Annual report of the Punjab Veterinary College and of the Civil Veterinary Department, Punjab - 1909-1919
Year: 1909
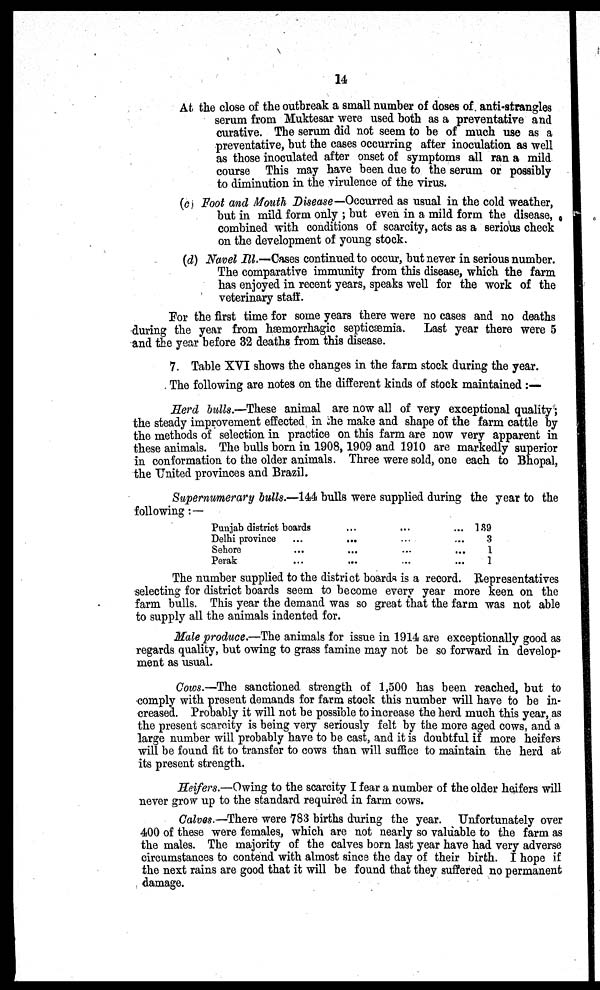
14
At the close of the outbreak a small number of doses of anti-strangles
serum from Muktesar were used both as a preventative and
curative. The serum did not seem to be of much use as a
preventative, but the cases occurring after inoculation as well
as those inoculated after onset of symptoms all ran a mild
course This may have been due to the serum or possibly
to diminution in the virulence of the virus.
(c) Foot and Mouth Disease—Occurred as usual in the cold weather,
but in mild form only; but even in a mild form the disease,
combined with conditions of scarcity, acts as a serious check
on the development of young stock.
(d) Navel Ill.—Cases continued to occur, but never in serious number.
The comparative immunity from this disease, which the farm
has enjoyed in recent years, speaks well for the work of the
veterinary staff.
For the first time for some years there were no cases and no deaths
during the year from hæmorrhagic septicæmia. Last year there were 5
and the year before 32 deaths from this disease.
7. Table XVI shows the changes in the farm stock during the year.
The following are notes on the different kinds of stock maintained:—
Herd bulls.—These animal are now all of very exceptional quality;
the steady improvement effected in the make and shape of the farm cattle by
the methods of selection in practice on this farm are now very apparent in
these animals. The bulls born in 1908, 1909 and 1910 are markedly superior
in conformation to the older animals. Three were sold, one each to Bhopal,
the United provinces and Brazil.
Supernumerary bulls.—144 bulls were supplied during the year to the
following:—
Punjab district boards
Delhi province
Sehore
Perak
...
...
...
...
...
...
...
...
...
...
...
...
...
...
189
3
1
1
The number supplied to the district boards is a record. Representatives
selecting for district boards seem to become every year more keen on the
farm bulls. This year the demand was so great that the farm was not able
to supply all the animals indented for.
Male produce.—The animals for issue in 1914 are exceptionally good as
regards quality, but owing to grass famine may not be so forward in develop-
ment as usual.
Cows.—The sanctioned strength of 1,500 has been reached, but to
comply with present demands for farm stock this number will have to be in-
creased. Probably it will not be possible to increase the herd much this year, as
the present scarcity is being very seriously felt by the more aged cows, and a
large number will probably have to be cast, and it is doubtful if more heifers
will be found fit to transfer to cows than will suffice to maintain the herd at
its present strength.
Heifers.—Owing to the scarcity I fear a number of the older heifers will
never grow up to the standard required in farm cows.
Calves.—There were 783 births during the year. Unfortunately over
400 of these were females, which are not nearly so valuable to the farm as
the males. The majority of the calves born last year have had very adverse
circumstances to contend with almost since the day of their birth. I hope if
the next rains are good that it will be found that they suffered no permanent
damage.